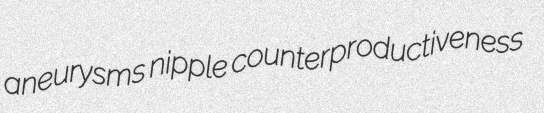
aneurysms nipple counterproductiveness